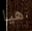
هيا